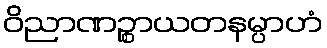
ဝိညာဏဉ္စာယတနမ္ပာဟံ